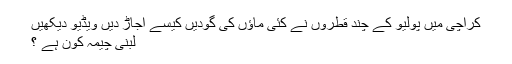
کراچی میں پولیو کے چند قطروں نے کئی ماؤں کی گودیں کیسے اجاڑ دیں ویڈیو دیکھیں
لبنی چیمہ کون ہے ؟